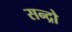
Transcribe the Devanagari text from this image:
सन्द्रो